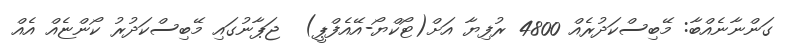
ގަންނާނެއްބާ: މޭބިސްކަދުރެއް 4800 ރުފިޔާ އަށް(ޓޯކްޔޯ-އޭއެފްޕީ)  ޖަޕާނުގައި މޭބިސްކަދުރު ކޯންޏެއް އެއް